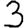
Digit: 3